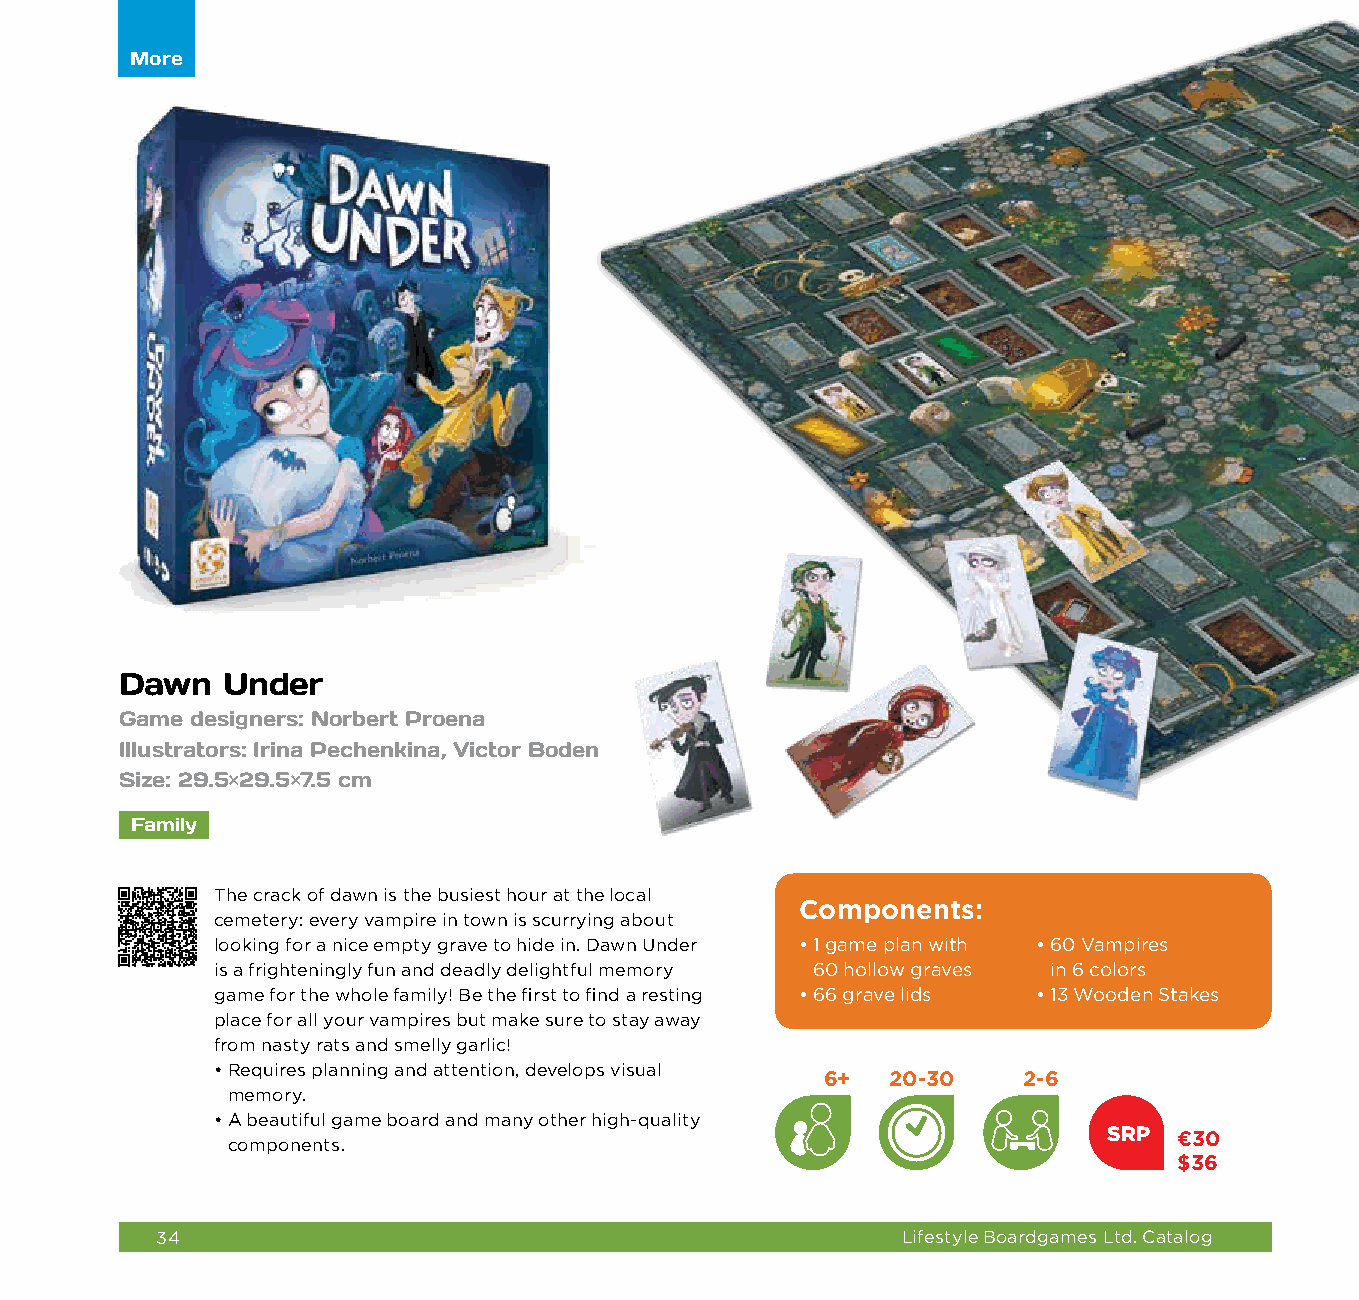
More
 Dawn   Under
 Game designers: Norbert Proena
 Illustrators: Irina Pechenkina, Victor Boden
 Size: 29.5×29.5×7.5 cm
 Family
 The crack of dawn is the busiest hour at the local
 Components:
 cemetery: every vampire in town is scurrying about
 looking for a nice empty grave to hide in. Dawn Under • 1 game plan with • 6 0 Vampires
 is a frighteningly fun and deadly delightful memory 60 hollow graves in 6 colors
 game for the whole family! Be the first to find a resting • 6 6 grave lids • 1 3 Wooden Stakes
 place for all your vampires but make sure to stay away
 from nasty rats and smelly garlic!
 • Requires planning and attention, develops visual
 6+  20-30    2-6
 memory.
 • A beautiful game board and many other high-quality
 SRP  €30
 components.
 $36
 34                                                Lifestyle Boardgames Ltd. Catalog